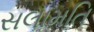
સલામતિ